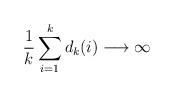
LaTeX: \begin{align*}\frac{1}{k}\sum_{i=1}^{k}d_k(i) \longrightarrow \infty\end{align*}